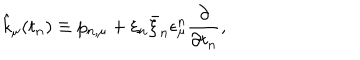
\hat { k } _ { \mu } ( t _ { n } ) \equiv p _ { n , \mu } + \xi _ { n } \bar { \xi } _ { n } \epsilon _ { \mu } ^ { n } \frac { \partial } { \partial t _ { n } } ,